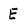
Character: E